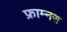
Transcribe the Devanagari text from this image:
फ्राम्नस